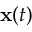
{ \bf x } ( t )